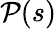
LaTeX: {\mathcal{P}}(s)